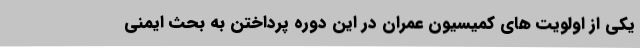
یکی از اولویت های کمیسیون عمران در این دوره پرداختن به بحث ایمنی